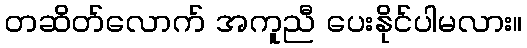
တဆိတ်လောက် အကူညီ ပေးနိုင်ပါမလား။